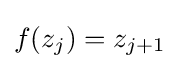
f(z_{j})=z_{j+1}